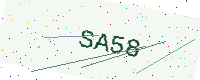
Text: SA58